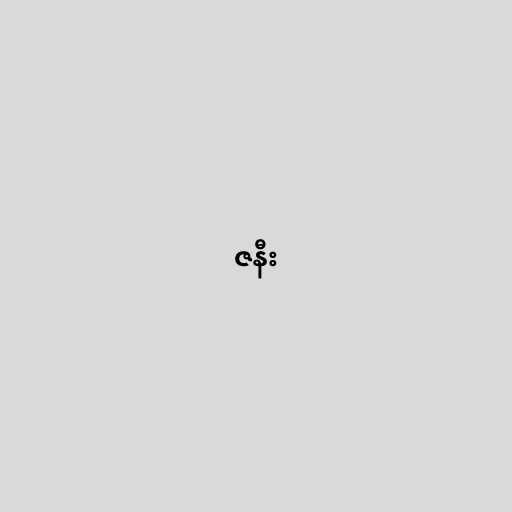
ဇနီး